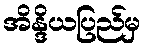
အိန္ဒိယပြည်မှ